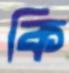
কি